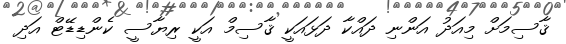
ޤާސިމަށް މިއަދު އަންނި ދައްކާ ދަޅައަކީ ޤާސިމް އަކީ ރިޔާސީ ކެންޑިޑޭޓް އަދި